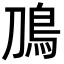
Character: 鳭